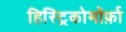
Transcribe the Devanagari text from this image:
हिस्ट्रिकोमॉर्फ़ा